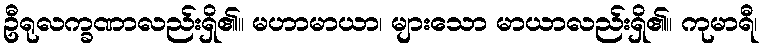
ဦရုလက္ခဏာလည်းရှိ၏။ မဟာမာယာ၊ များသော မာယာလည်းရှိ၏။ ကုမာရီ၊